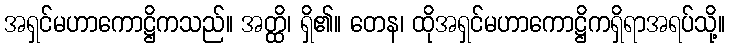
အရှင်မဟာကောဋ္ဌိကသည်။ အတ္ထိ၊ ရှိ၏။ တေန၊ ထိုအရှင်မဟာကောဋ္ဌိကရှိရာအရပ်သို့။